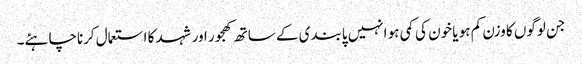
جن لوگوں کا وزن کم ہو یا خون کی کمی ہو انہیں پابندی کے ساتھ کھجور اور شہد کا استعمال کرناچاہئے۔